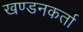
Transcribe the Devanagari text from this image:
खण्डनकर्ता